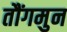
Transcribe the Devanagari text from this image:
तौंगमुन